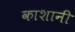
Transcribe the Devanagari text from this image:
काशानी